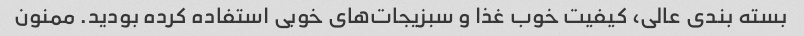
بسته بندی عالی، کیفیت خوب غذا و سبزیجات‌های خوبی استفاده کرده بودید. ممنون